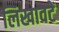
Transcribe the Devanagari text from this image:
लिखावटें